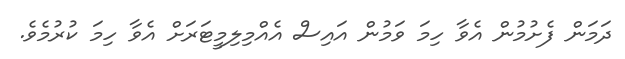
ދަމަން ފެށުމުން އެވާ ހިމަ ވަމުން އައިސް އެއްމިލިމީޓަރަށް އެވާ ހިމަ ކުރުމެވެ.